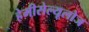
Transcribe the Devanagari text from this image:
हेमीसेल्यूलोज